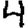
Digit: 4